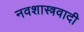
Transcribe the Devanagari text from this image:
नवशास्त्रवादी